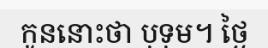
កូននោះថា បុទុម។ ថ្ងៃ